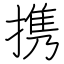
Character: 携